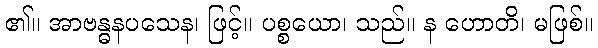
၏။ အာဗန္ဓနပသေန၊ ဖြင့်။ ပစ္စယော၊ သည်။ န ဟောတိ၊ မဖြစ်။